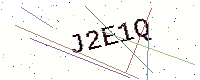
Text: J2E1Q